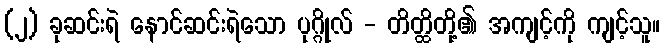
(၂) ခုဆင်းရဲ နောင်ဆင်းရဲသော ပုဂ္ဂိုလ် - တိတ္ထိတို့၏ အကျင့်ကို ကျင့်သူ။